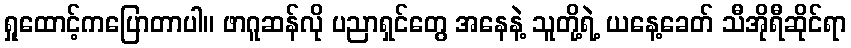
ရှုထောင့်ကပြောတာပါ။ ဖာဂူဆန်လို ပညာရှင်တွေ အနေနဲ့ သူတို့ရဲ့ ယနေ့ခေတ် သီအိုရီဆိုင်ရာ